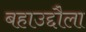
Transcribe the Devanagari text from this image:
बहाउद्दौला